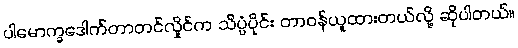
ပါမောက္ခဒေါက်တာတင်လှိုင်က သိပ္ပံပိုင်း တာဝန်ယူထားတယ်လို့ ဆိုပါတယ်။